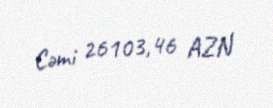
Cəmi 26103,46 AZN